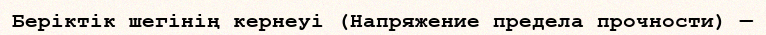
Беріктік шегінің кернеуі (Напряжение предела прочности) —